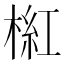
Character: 𣖘